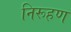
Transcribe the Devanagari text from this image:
निरूहण